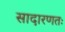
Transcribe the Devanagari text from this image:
सादारणतः